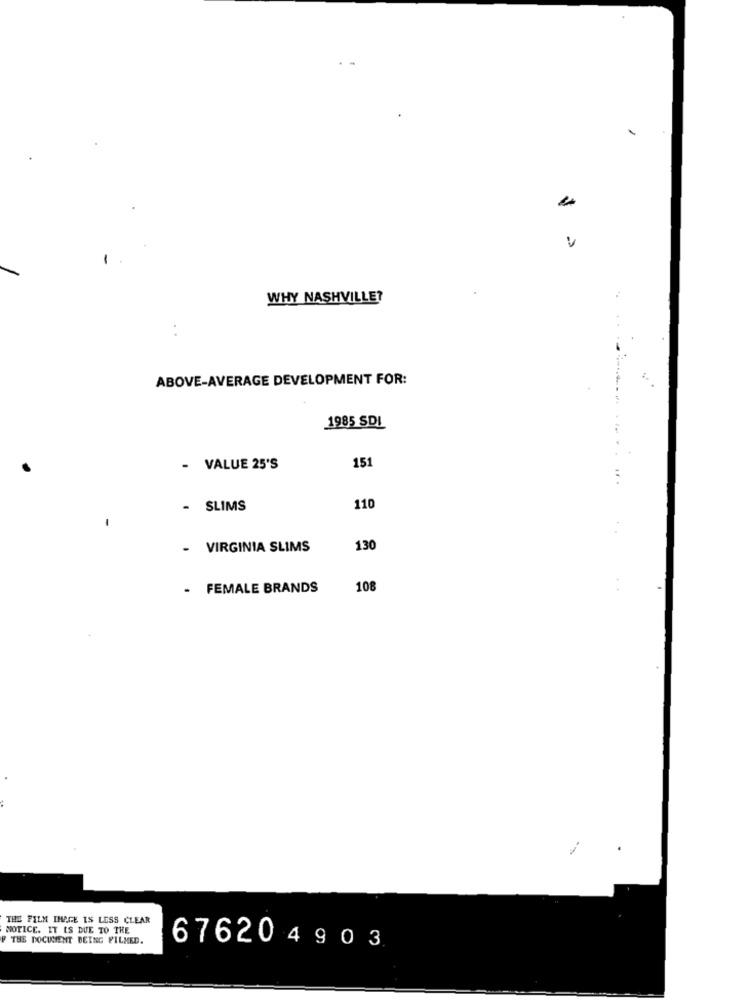
WHY NASHVILLE?
ABOVE-AVERAGE DEVELOPMENT FOR:
1985 SDI
151
- VALUE 25'S
.. .
- SLIMS
110
-
- VIRGINIA SLIMS
130
- FEMALE BRANDS
108
THE FILM IMAGE IS LESS CLEAR
NOTICE. IT IS DUE TO THE
F THE DOCUMENT BEING FILMED.
67620490 3